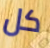
كل